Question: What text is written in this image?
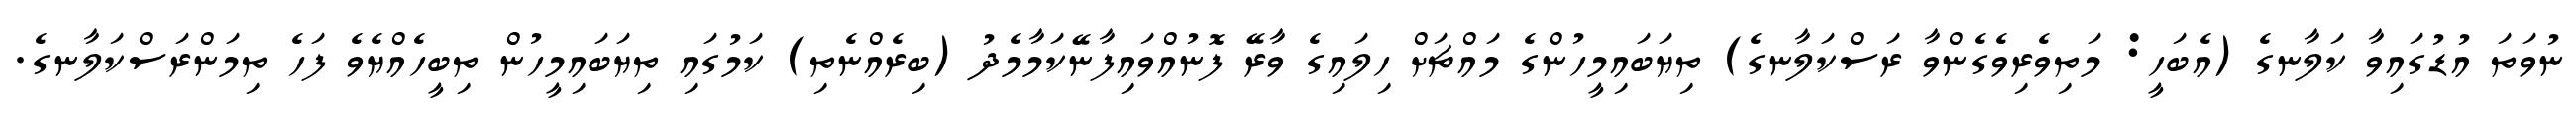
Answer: ނުވަތަ އުޑުގައިވާ ކަލާނގެ (އެބަހީ: މަތިވެރިވެގެންވާ ރަސްކަލާނގެ) ތިޔަބައިމީހުންގެ މައްޗަށް ހިލައިގެ ވާރޭ ފޮނުއްވައިފާނޭކަމާމެދު (ބިރެއްނެތި) ކަމުގައި ތިޔަބައިމީހުން ތިބީހެއްޔެވެ ފަހެ ތިމަންރަސްކަލާނގެ.